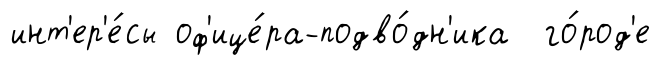
инт'ер'е́сы оф'ице́ра-подво́дн'ика го́род'е